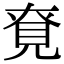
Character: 䙽